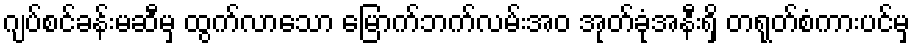
ဂျပ်စင်ခန်းမဆီမှ ထွက်လာသော မြောက်ဘက်လမ်းအဝ အုတ်ခုံအနီးရှိ တရုတ်စံကားပင်မှ